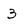
Character: 3